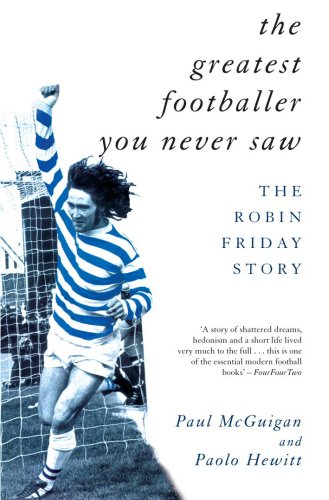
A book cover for The Greatest Footballer You Never Saw: The Robin Friday Story (Mainstream Sport); Paul McGuigan; Biographies & Memoirs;